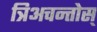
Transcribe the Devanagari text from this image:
त्रिअचन्तोस्